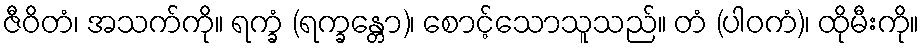
ဇီဝိတံ၊ အသက်ကို။ ရက္ခံ (ရက္ခန္တော)၊ စောင့်သောသူသည်။ တံ (ပါဝကံ)၊ ထိုမီးကို။